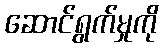
ဆောင်ရွက်မှုကို